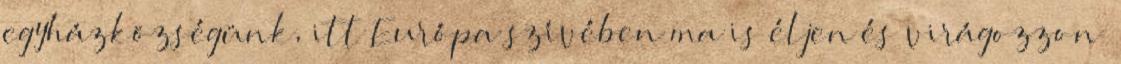
egyházközségünk, itt Európa szívében ma is éljen és virágozzon”